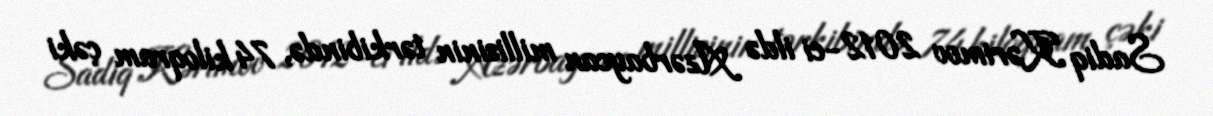
Sadiq Kərimov 2012-ci ildə Azərbaycan millisinin tərkibində, 74 kiloqram çəki